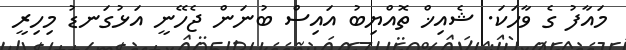
މައާފު ގެ ވާހަކަ. ޝެއިޚް ތޮއްޔިބު އައިސް ބުނަން ޖެހޭނީ އަޅުގަނޑު މިހިރީ